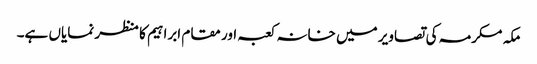
مکہ مکرمہ کی تصاویر میں خانہ کعبہ اور مقام ابراہیم کا منظر نمایاں ہے۔